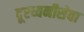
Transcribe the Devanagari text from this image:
दूरध्वनीसेवा